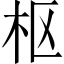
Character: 枢